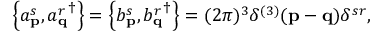
\left\{ a _ { \mathbf { p } } ^ { s } , { a _ { \mathbf { q } } ^ { r } } ^ { \dagger } \right\} = \left\{ b _ { \mathbf { p } } ^ { s } , { b _ { \mathbf { q } } ^ { r } } ^ { \dagger } \right\} = ( 2 \pi ) ^ { 3 } \delta ^ { ( 3 ) } ( \mathbf { p } - \mathbf { q } ) \delta ^ { s r } ,